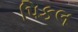
પિકલ